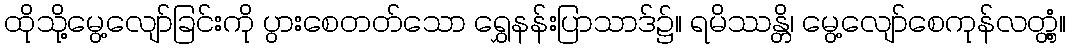
ထိုသို့မွေ့လျော်ခြင်းကို ပွားစေတတ်သော ရွှေနန်းပြာသာဒ်၌။ ရမိဿန္တိ၊ မွေ့လျော်စေကုန်လတ္တံ့။